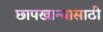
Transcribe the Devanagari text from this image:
छापखान्यासाठी